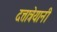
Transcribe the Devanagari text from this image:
दत्तात्रेयानी